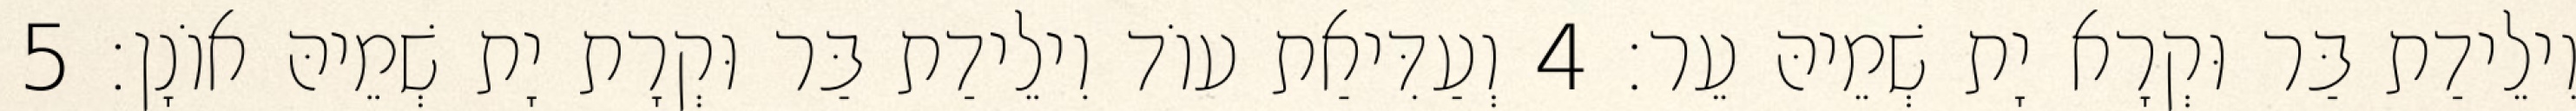
וִילֵידַת בַּר וּקְרָא יָת שְׁמֵיהּ עֵר׃ 4 וְעַדִּיאַת עוֹד וִילֵידַת בַּר וּקְרָת יָת שְׁמֵיהּ אוֹנָן׃ 5